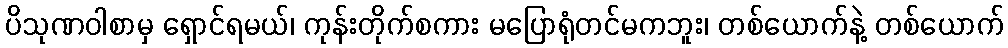
ပိသုဏဝါစာမှ ရှောင်ရမယ်၊ ကုန်းတိုက်စကား မပြောရုံတင်မကဘူး၊ တစ်ယောက်နဲ့ တစ်ယောက်